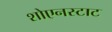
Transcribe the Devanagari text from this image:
शोएनस्टाट